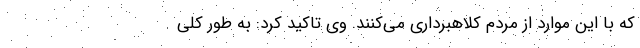
که با این موارد از مردم کلاهبرداری می‌کنند. وی تاکید کرد: به طور کلی